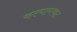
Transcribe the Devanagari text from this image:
कल्याणथाट